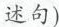
述句)